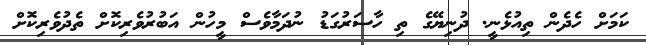
ކަމަށް ހެދެން ތިއުޅެނީ. ދުނިޔޭގެ ތި ހާސަރުގަޑު ނުދަމާވެސް މީހުން އަބުރުވެރިކޮށް ތެދުވެރިކޮށް